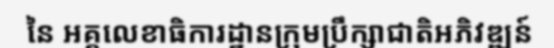
នៃ អគ្គលេខាធិការដ្ឋានក្រុមប្រឹក្សាជាតិអភិវឌ្ឍន៍